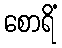
စောရိံ